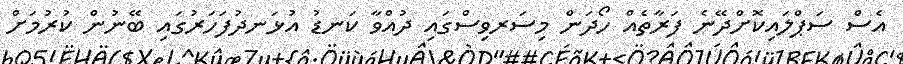
އެސް ސަޕްލައިކޮށްދޭނެ ފަރާތެއް ހޯދަން މިސަރވިސްގައި ދުއްވާ ކަނޑު އުޅަނދުފަހަރުގައި ބޭނުން ކުރުމަށް